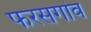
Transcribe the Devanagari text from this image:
फरसगांव